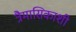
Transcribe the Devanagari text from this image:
त्रैमासिकाशी